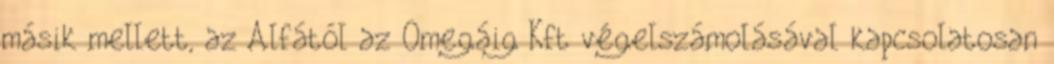
másik mellett, az Alfától az Omegáig Kft végelszámolásával kapcsolatosan